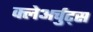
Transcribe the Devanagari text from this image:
क्लेअर्चुट्स